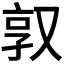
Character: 𫨿